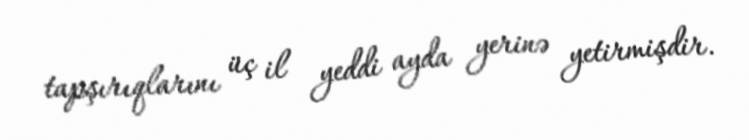
tapşırıqlarını üç il yeddi ayda yerinə yetirmişdir.